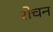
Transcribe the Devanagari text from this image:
रोचन